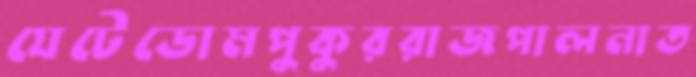
যেটেডোমপুকুররাজপালনাত